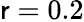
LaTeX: \mathsf{r}=0.2